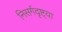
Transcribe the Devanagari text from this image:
निसर्गदृष्ट्या